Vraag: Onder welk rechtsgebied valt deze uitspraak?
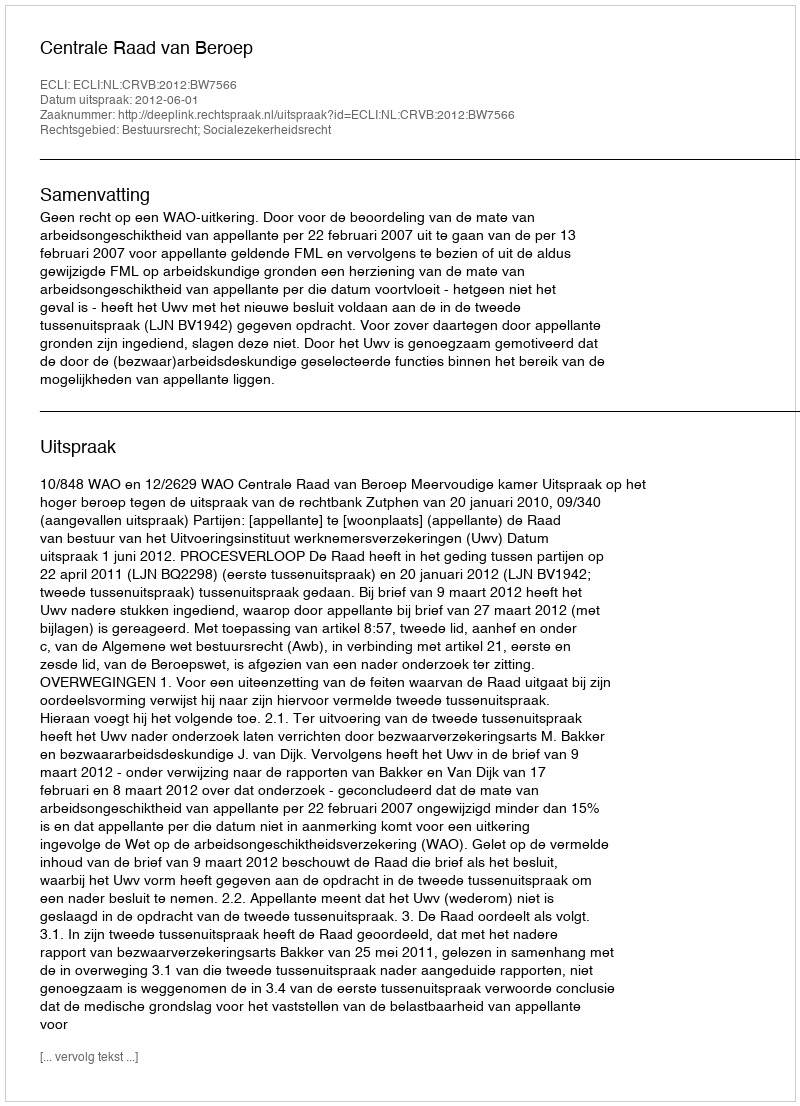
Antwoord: Bestuursrecht; Socialezekerheidsrecht